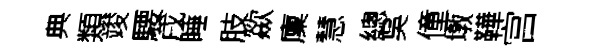
典類竣騕戌睡肢歘廩慧總吳僮墩鞾宫